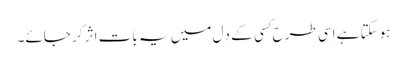
ہوسکتا ہے اِسی طرح کِسی کے دِل میں یہ بات اثر کر جائے۔